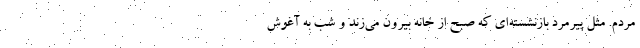
مردم. مثل پیرمرد بازنشسته‌ای که صبح از خانه بیرون می‌زند و شب به آغوش